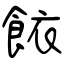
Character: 餏